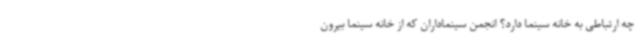
چه ارتباطی به خانه سینما دارد؟ انجمن سینماداران که از خانه سینما بیرون